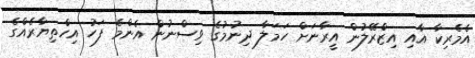
އެމެރިކާ އާއި އިޒްރޭލުން އީރާނަށް ހަމަލާ ދިނުމުގެ ވިސްނުން އެންމެ ފަހު އިހްތިޔާރެއްގެ